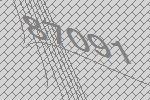
87091